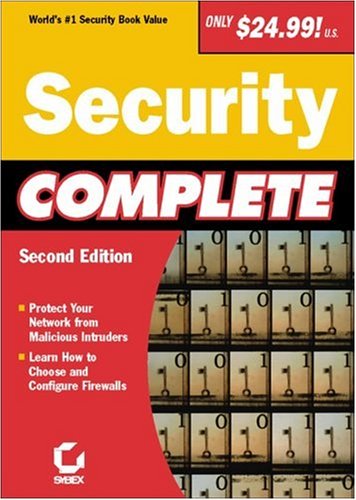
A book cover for Security Complete; Greg Jarboe, Hollis Thomases, Mari Smith, Chris Treadaway Dave Evans; Computers & Technology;